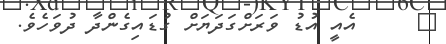
٩     އެއީ އުޑު ވަރަށްގަދަޔަށް ގުޑައިގެންދާ ދުވަހެވެ.